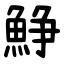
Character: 䱢